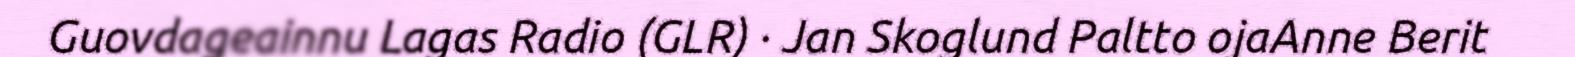
Guovdageainnu Lagas Radio (GLR) · Jan Skoglund Paltto ojaAnne Berit